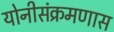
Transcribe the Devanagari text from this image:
योनीसंक्रमणास